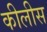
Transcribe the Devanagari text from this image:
कीलीस